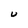
Character: U